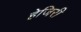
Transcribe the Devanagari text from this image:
हेजिरी